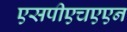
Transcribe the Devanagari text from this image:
एसपीएचएएन